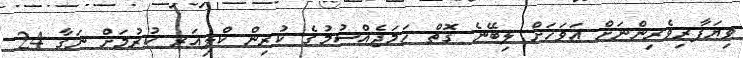
ވިޔަފާރިވެރިންނަށް އަވަހަށް ލިބޭނެ ގޮތް ހަމަޖެއްސުމުގެ ކުރިން ކްލިއަރ ކުރުމަށް ނަގާ 24